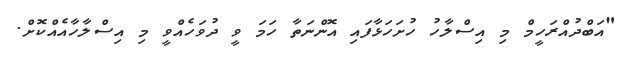
"އަބްދުއްރަހީމް މި އިސްލާހު ހުށަހަޅާފައި އޮންނަތާ ހަމަ ވީ ދުވަހެއްވީ މި އިސްލާހާއެއްކޮށް.